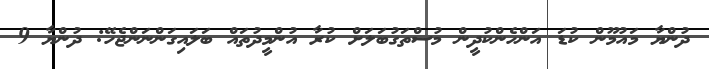
ދުންޔާ މައުމޫން ކުޑަ އަންހެންކުދީން މުސްތަގުބަލަށް ކުރާ އުންމީދުތައް ބަލައިގަންނަންޖެހޭ: ދުންޔާ 9